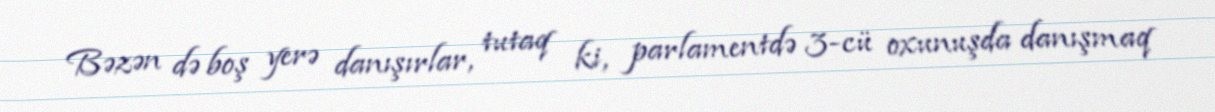
Bəzən də boş yerə danışırlar, tutaq ki, parlamentdə 3-cü oxunuşda danışmaq